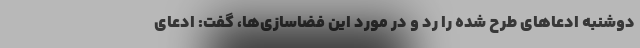
دوشنبه ادعاهای طرح شده را رد و در مورد این فضاسازی‌ها، گفت: ادعای